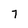
Character: 7